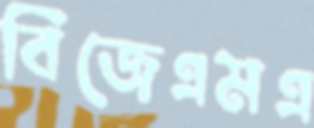
বিজেএমএ